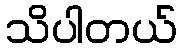
သိပါတယ်